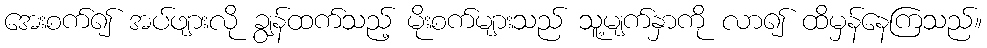
အေးစက်၍ အပ်ဖျားလို ချွန်ထက်သည့် မိုးစက်များသည် သူ့မျက်နှာကို လာ၍ ထိမှန်နေကြသည်။